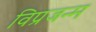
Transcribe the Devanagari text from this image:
विप्रजन्म